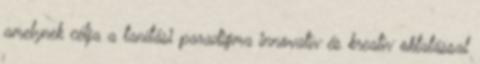
amelynek célja a tanítási paradigma innovatív és kreatív oktatással